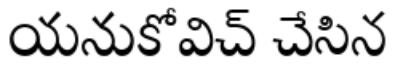
యనుకోవిచ్ చేసిన